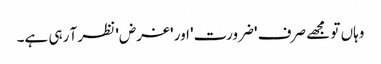
وہاں تو مجھے صرف 'ضرورت' اور 'غرض' نظر آ رہی ہے۔